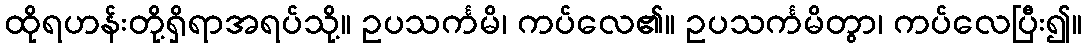
ထိုရဟန်းတို့ရှိရာအရပ်သို့။ ဥပသင်္ကမိ၊ ကပ်လေ၏။ ဥပသင်္ကမိတွာ၊ ကပ်လေပြီး၍။